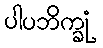
ပါပဘိက္ခုံ